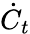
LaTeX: \dot{C}_{t}